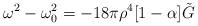
LaTeX: \begin{align*} \omega^{2}-\omega^{2}_{0}=-18\pi\rho^{4}[1-\alpha]\tilde{G}\end{align*}